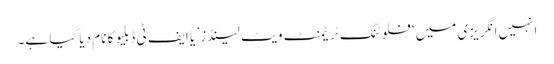
انہیں انگریزی میں ‘فلوٹنگ ٹریٹمنٹ ویٹ لینڈز’ یا ایف ٹی ڈبلیو کا نام دیا گیا ہے۔